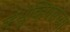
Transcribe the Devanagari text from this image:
व्हेसुव्हियसच्या